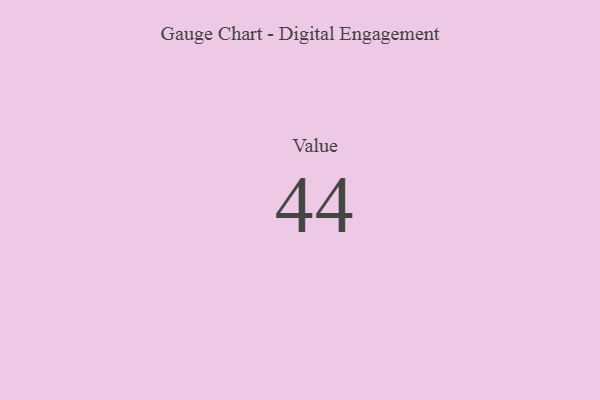
{"axis": {"x": "Metric", "y": "Value"}, "legend": [""], "data": [{"x": "Value", "y": 44, "type": ""}]}